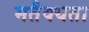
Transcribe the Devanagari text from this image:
मतैक्यता